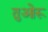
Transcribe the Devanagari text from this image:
तुओरू